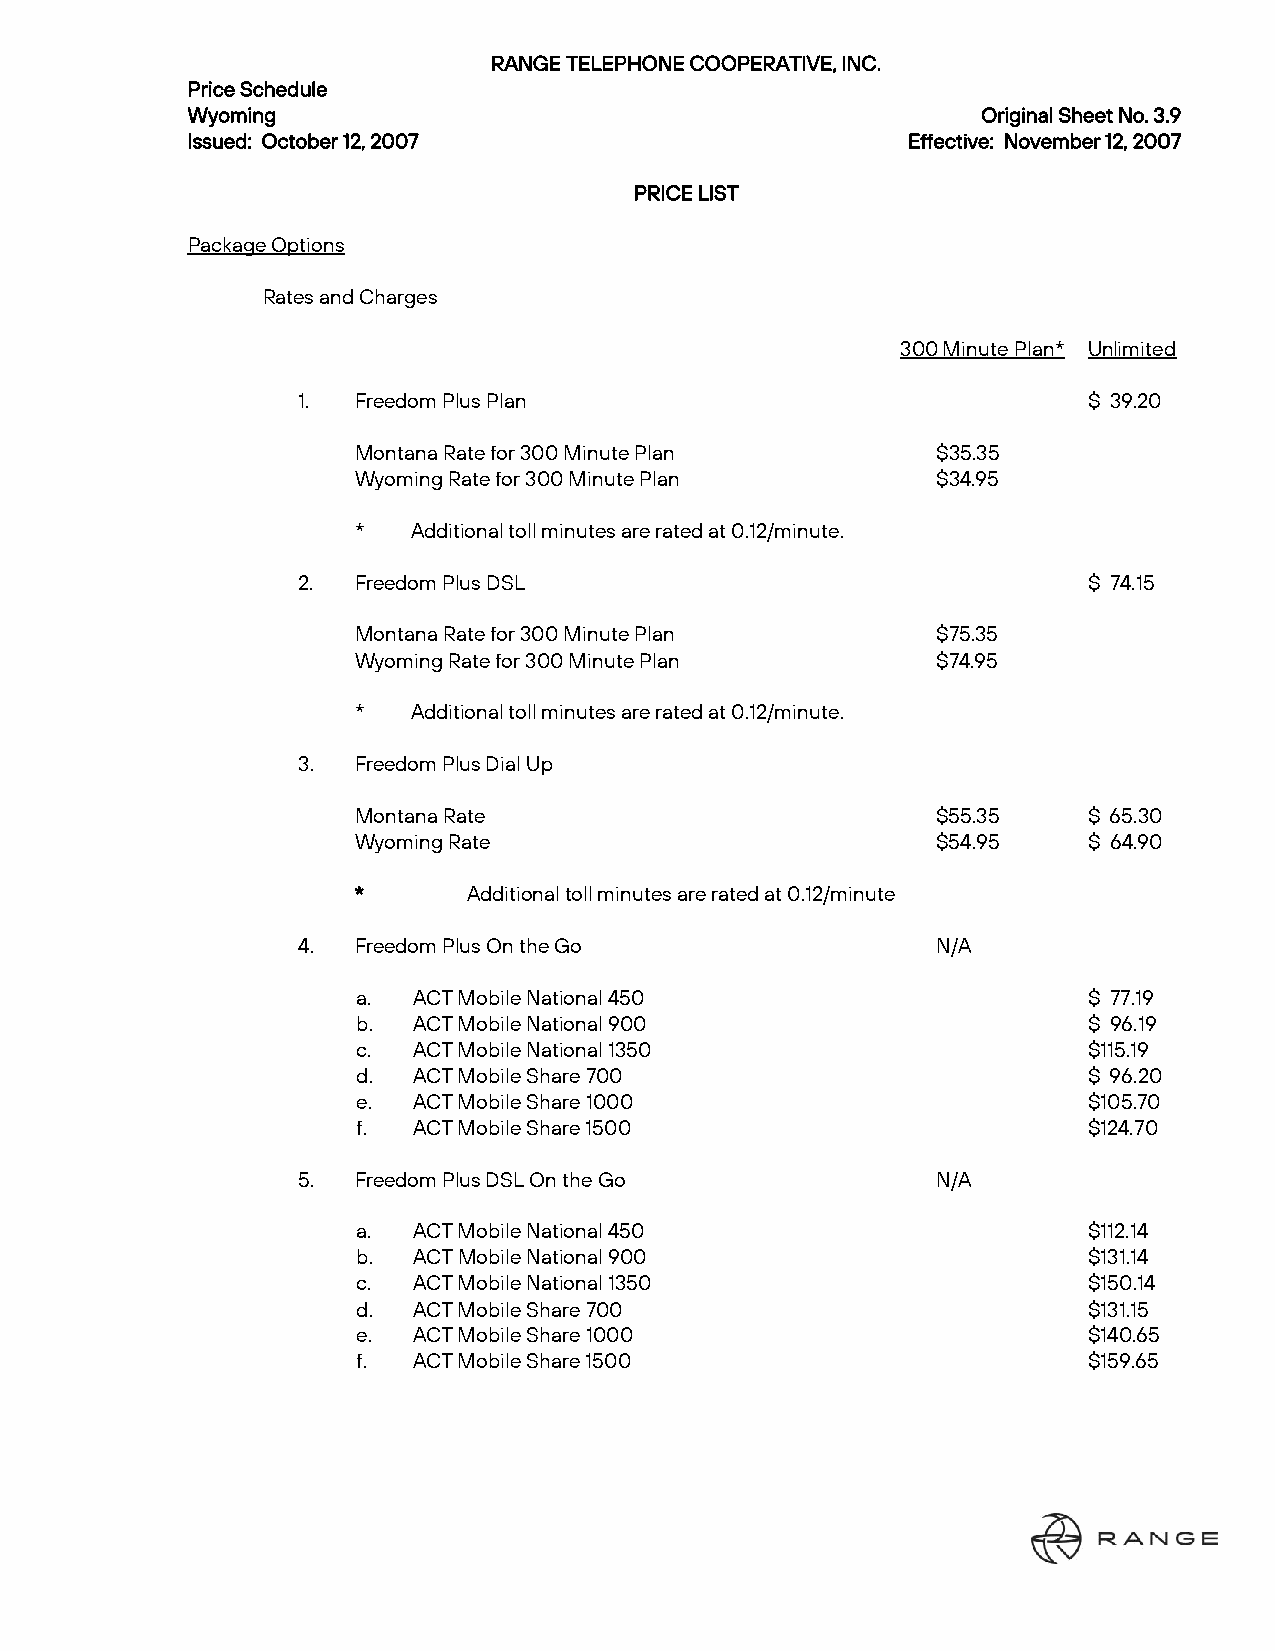
RANGE TELEPHONE COOPERATIVE, INC.
 Price Schedule
 Wyoming                                              Original Sheet No. 3.9
 Issued: October 12, 2007                        Effective: November 12, 2007
 PRICE LIST
 Package Options
 Rates and Charges
 300 Minute Plan* Unlimited
 1. Freedom Plus Plan                                $ 39.20
 Montana Rate for 300 Minute Plan       $35.35
 Wyoming Rate for 300 Minute Plan       $34.95
 *   Additional toll minutes are rated at 0.12/minute.
 2. Freedom Plus DSL                                 $ 74.15
 Montana Rate for 300 Minute Plan       $75.35
 Wyoming Rate for 300 Minute Plan       $74.95
 *   Additional toll minutes are rated at 0.12/minute.
 3. Freedom Plus Dial Up
 Montana Rate                           $55.35    $ 65.30
 Wyoming Rate                           $54.95    $ 64.90
 *       Additional toll minutes are rated at 0.12/minute
 4. Freedom Plus On the Go                 N/A
 a. ACT Mobile National 450                      $ 77.19
 b. ACT Mobile National 900                      $ 96.19
 c. ACT Mobile National 1350                     $115.19
 d. ACT Mobile Share 700                         $ 96.20
 e. ACT Mobile Share 1000                        $105.70
 f. ACT Mobile Share 1500                        $124.70
 5. Freedom Plus DSL On the Go             N/A
 a. ACT Mobile National 450                      $112.14
 b. ACT Mobile National 900                      $131.14
 c. ACT Mobile National 1350                     $150.14
 d. ACT Mobile Share 700                         $131.15
 e. ACT Mobile Share 1000                        $140.65
 f. ACT Mobile Share 1500                        $159.65